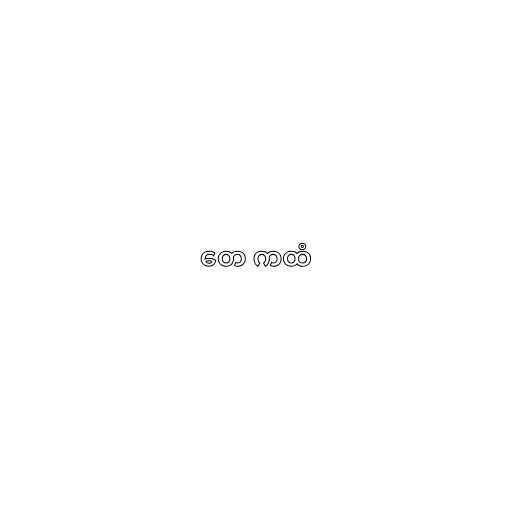
တေ ကထံ